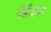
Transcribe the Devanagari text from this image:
ऍडीशन